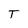
Character: T